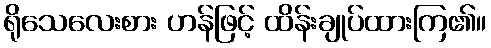
ရိုသေလေးစား ဟန်ဖြင့် ထိန်းချုပ်ထားကြ၏။